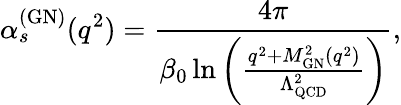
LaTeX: \alpha_{s}^{(\mathrm{GN)}}(q^{2})=\frac{4\pi}{\beta_{0}\ln\left(\frac{q^{2}+M_{\mathrm{GN}}^{2}(q^{2})}{\Lambda_{\mathrm{QCD}}^{2}}\right)},